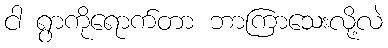
ငါ ရွာကိုရောက်တာ ဘာကြာသေးလို့လဲ